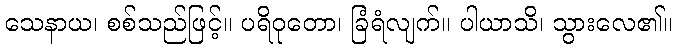
သေနာယ၊ စစ်သည်ဖြင့်။ ပရိဝုတော၊ ခြံရံလျက်။ ပါယာသိ၊ သွားလေ၏။